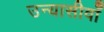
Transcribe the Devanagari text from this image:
उन्यासीवाँ